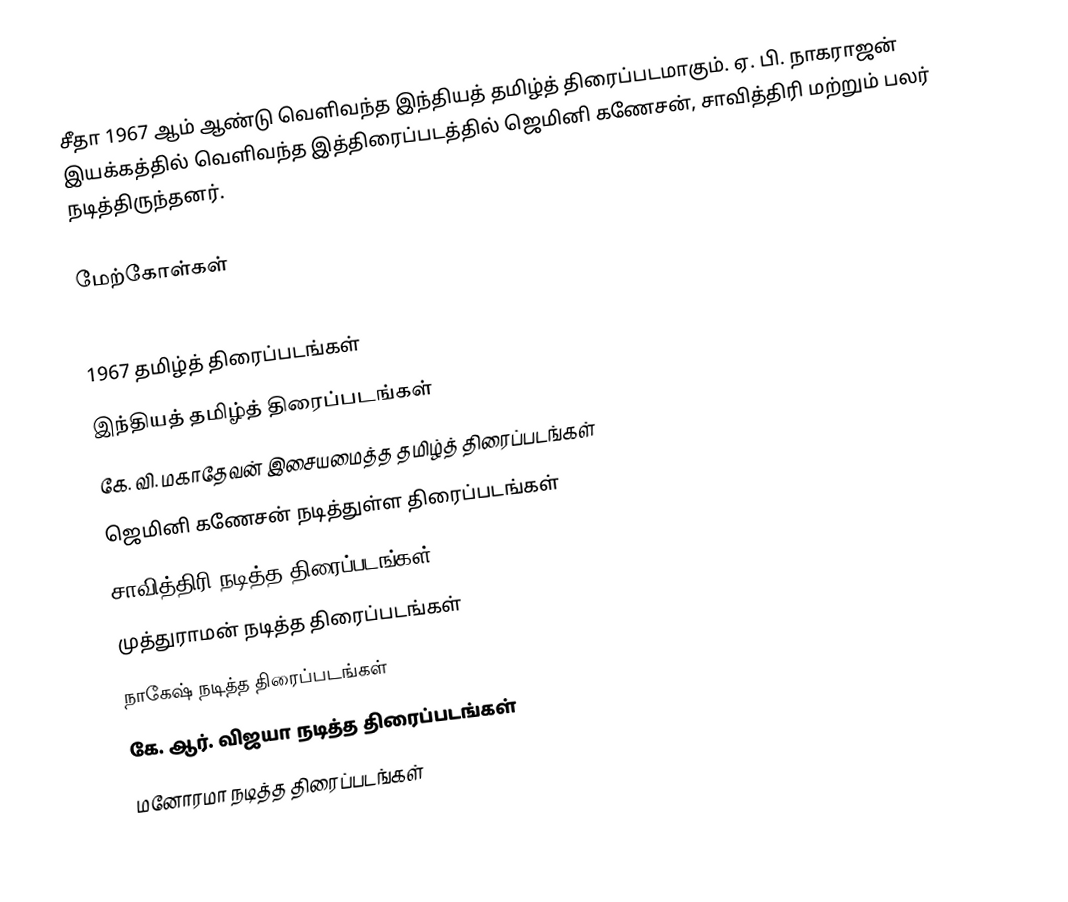
சீதா 1967 ஆம் ஆண்டு வெளிவந்த இந்தியத் தமிழ்த் திரைப்படமாகும். ஏ. பி. நாகராஜன் இயக்கத்தில் வெளிவந்த இத்திரைப்படத்தில் ஜெமினி கணேசன், சாவித்திரி மற்றும் பலர் நடித்திருந்தனர்.

மேற்கோள்கள்

1967 தமிழ்த் திரைப்படங்கள்
இந்தியத் தமிழ்த் திரைப்படங்கள்
கே. வி. மகாதேவன் இசையமைத்த தமிழ்த் திரைப்படங்கள்
ஜெமினி கணேசன் நடித்துள்ள திரைப்படங்கள்
சாவித்திரி நடித்த திரைப்படங்கள்
முத்துராமன் நடித்த திரைப்படங்கள்
நாகேஷ் நடித்த திரைப்படங்கள்
கே. ஆர். விஜயா நடித்த திரைப்படங்கள்
மனோரமா நடித்த திரைப்படங்கள்